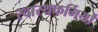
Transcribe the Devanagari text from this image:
स्वास्थकर्मियों